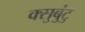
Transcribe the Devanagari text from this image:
क्सुबुंटु